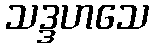
သဒ္ဒဟသေ